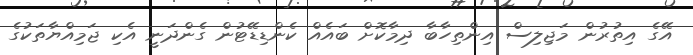
އޭގެ އިތުރުން މަޖިލިސް އިންތިހާބާ ދިމާކޮށް ބައެއް ކެންޑިޑޭޓުން ގެންދަނީ އެކި ޖަމިއްޔާތަކުގެ